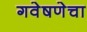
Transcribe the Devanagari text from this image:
गवेषणेचा